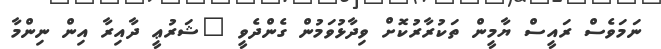
ނަމަވެސް ރައީސް ޔާމީން ތަކުރާރުކޮށް ވިދާޅުވަމުން ގެންދެވީ "ޝަރުޢީ ދާއިރާ އިން ނިންމާ